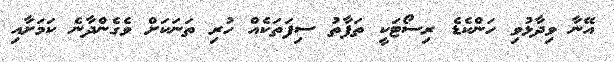
އޭނާ ވިދާޅުވި ހަންކެޑެ ރިސޯޓަކީ ތަފާތު ސިފަތަކެއް ހުރި ތަނަކަށް ވެގެންދާނެ ކަމަށާއި